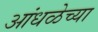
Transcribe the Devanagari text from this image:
आंधळेच्या